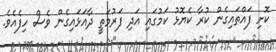
ކޮށި ފައްތައިގެން ކުރާ ކެޔޮޅު ކަމުގައި އަދި ފަރުމަތީ ދާއަޅައިގެން ވެސް ހިފެއެވެ.